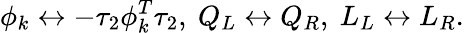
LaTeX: \phi_{k}\leftrightarrow-\tau_{2}\phi_{k}^{T}\tau_{2},\mathrm{~}Q_{L}\leftrightarrow Q_{R},\mathrm{~}L_{L}\leftrightarrow L_{R}.